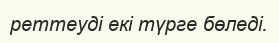
реттеуді екі түрге бөледі.